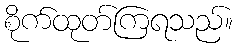
စိုက်ထုတ်ကြရသည်။